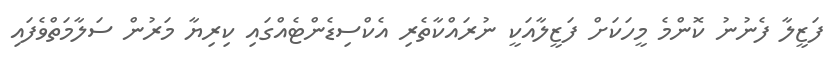
ފަޒީލާ ފެނުނު ކޮންމެ މީހަކަށް ފަޒީލާއަކީ ނުރައްކާތެރި އެކްސިޑެންޓެއްގައި ކިރިޔާ މަރުން ސަލާމަތްވެފައި